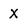
Character: X